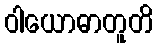
ဝါယောဓာတူတိ